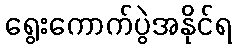
ရွေးကောက်ပွဲအနိုင်ရ